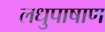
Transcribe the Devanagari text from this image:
लधुपाषाण